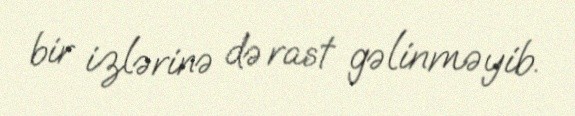
bir izlərinə də rast gəlinməyib.